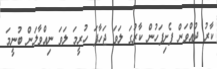
ކާރު ދުއްވަން ފެށިފަހުން ކާރުގަ ލަވަ ޖަހާފަ ހުރީމަ ލަވަ ނިއްވާލަން ބުނީމަ